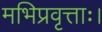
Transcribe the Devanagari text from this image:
मभिप्रवृत्ताः।